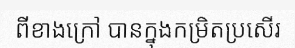
ពីខាងក្រៅ បានក្នុងកម្រិតប្រសើរ